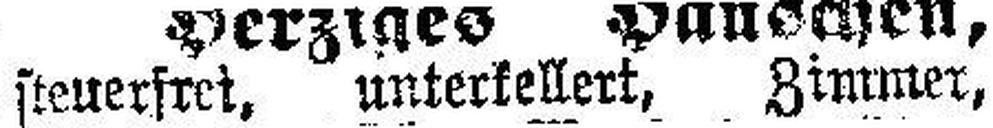
steuerfrei, unterkellert, Zimmer,